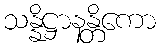
သန္နိဋ္ဌာနန္တိကော